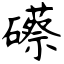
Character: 礤